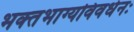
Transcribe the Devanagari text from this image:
भक्‍तभाग्यविवर्धनः